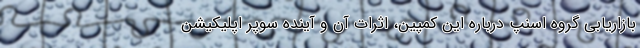
بازاریابی گروه اسنپ درباره این کمپین، اثرات آن و آینده سوپر اپلیکیشن